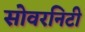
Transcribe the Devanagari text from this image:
सोवरनिटी